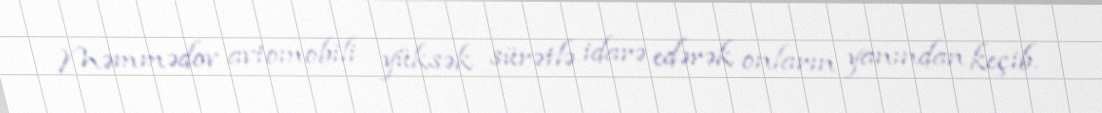
Məmmədov avtomobili yüksək sürətlə idarə edərək onların yanından keçib.